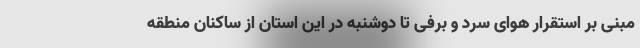
مبنی بر استقرار هوای سرد و برفی تا دوشنبه در این استان از ساکنان منطقه